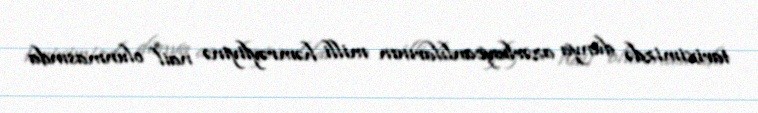
tariximizdə dünya azərbaycanlılarının milli həmrəyliyinə nail olunmasında